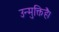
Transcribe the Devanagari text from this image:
उन्मुक्तिहै।